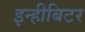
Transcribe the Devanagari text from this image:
इन्हीबिटर